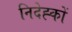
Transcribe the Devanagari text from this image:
निदेह्कों